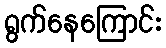
ရွက်နေကြောင်း